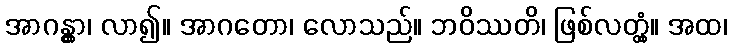
အာဂန္တွာ၊ လာ၍။ အာဂတော၊ လောသည်။ ဘဝိဿတိ၊ ဖြစ်လတ္တံ့။ အထ၊